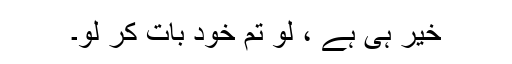
خیر ہی ہے ، لو تم خود بات کر لو۔